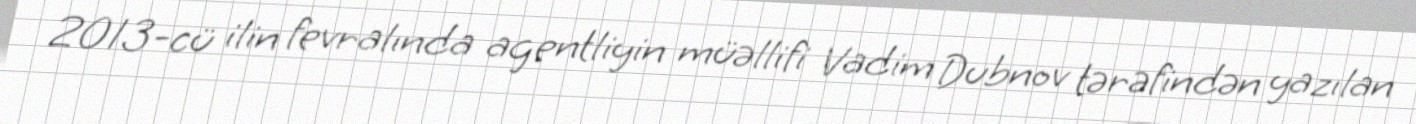
2013-cü ilin fevralında agentliyin müəllifi Vadim Dubnov tərəfindən yazılan